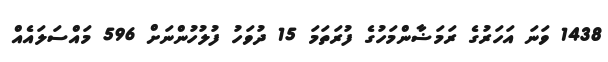
1438 ވަނަ އަހަރުގެ ރަމަޟާންމަހުގެ ފުރަތަމަ 15 ދުވަހު ފުލުހުންނަށް 596 މައްސަލައެއް